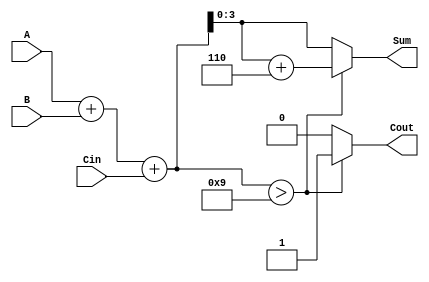
module BCD_Conditional_Adder (
    input [3:0] A,      // First BCD digit
    input [3:0] B,      // Second BCD digit
    input Cin,          // Carry input
    output reg [3:0] Sum, // BCD sum output
    output reg Cout     // Carry output
);
    
    wire [4:0] Sum_temp; // Temporary sum (5 bits to accommodate carry)
    
    // Calculate the initial sum
    assign Sum_temp = A + B + Cin;
    
    always @(*) begin
        // Check if Sum_temp exceeds 9
        if (Sum_temp > 9) begin
            Sum = Sum_temp + 6; // Apply BCD correction
            Cout = 1;           // Set Cout to 1
        end else begin
            Sum = Sum_temp;     // No correction needed
            Cout = 0;           // Set Cout to 0
        end
    end
    
endmodule